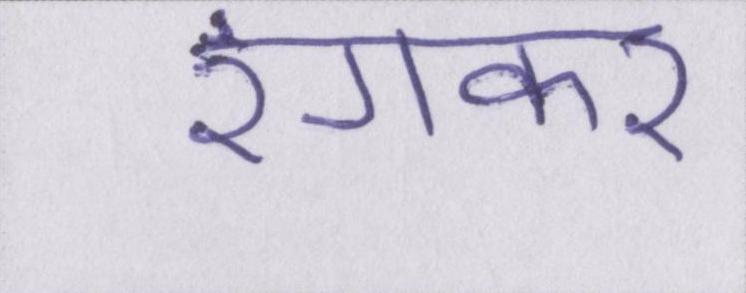
रंगकर